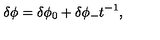
\delta \phi = \delta \phi _ { 0 } + \delta \phi _ { - } t ^ { - 1 } ,